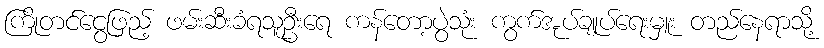
ကြိုတင်ငွေဖြည့် ဖမ်းဆီးခံရသူဦးရေ ကန်တော့ပွဲသုံး ကွက်အုပ်ချုပ်ရေးမှူး တည်နေရာသို့